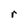
Character: r